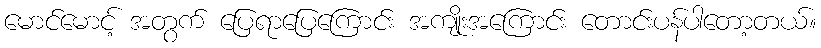
မောင်မောင့် အတွက် ပြေရာပြေကြောင်း အကျိုးအကြောင်း တောင်းပန်ပါတော့တယ်။